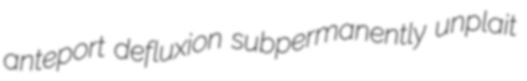
anteport defluxion subpermanently unplait